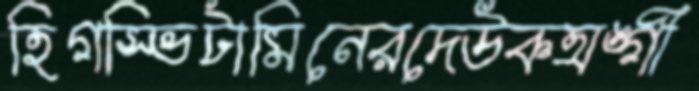
হিগস্ভিটামিনেরদেউকঅঙ্গী